Vaccination North-Western Provinces and Oudh 1896-1901 - 1896-1901
Year: 1896
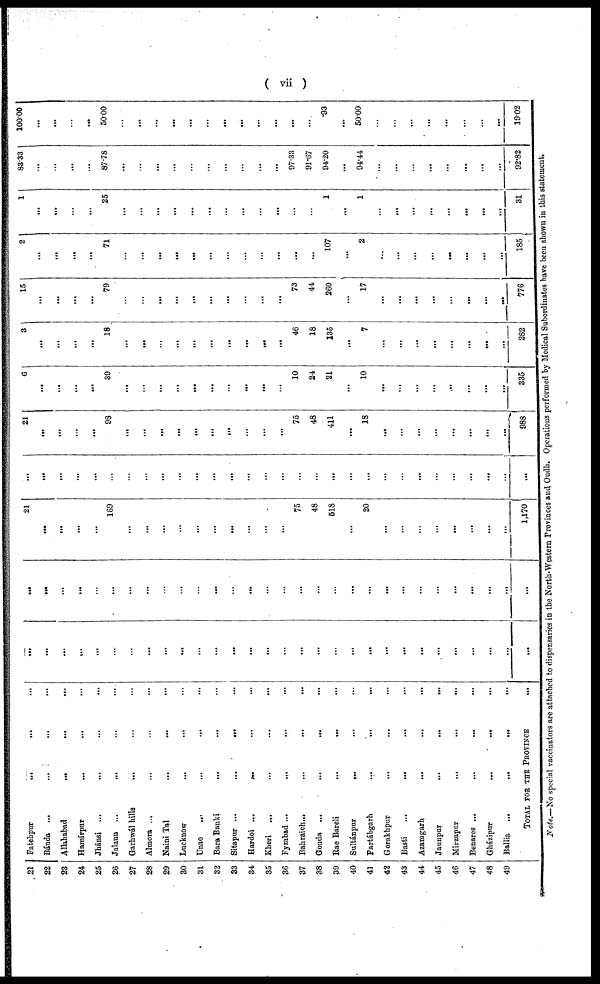
( vii )
21
22
23
24
25
26
27
28
29
30
31
32
33
34
35
36
37
38
39
40
41
42
43
44
45
46
47
48
49
Fatehpur
...
...
...
Bánda ... ... ...
Allahabad
...
...
...
Hamírpur ... ... ...
Jhánsi ...
...
...
...
Jalaun ...
... ...
Garhwál hills ... ... ...
Almora ... ... ...
Naini Tal
Lucknow ... ... ...
Unao
...
...
...
Bara Banki
...
... ...
Sitapur ...
...
...
Hardoi ...
... ...
Kheri
...
...
...
...
Fyzabad ...
...
...
Bahraich ...
...
...
Gonda ...
...
...
Rae Bareli
...
...
...
Sultánpur
... ... ...
Partábgarh
... ... ...
Gorakhpur
...
... ...
Basti
...
... ...
Azamgarh
...
...
...
Jaunpur
...
...
...
Mirzapur
...
...
...
Benares ...
...
...
...
Gházipur
...
...
Ballia ... ... ...
TOTAL FOR THE PROVINCE ...
...
...
...
...
...
...
...
...
...
...
...
...
...
...
...
...
...
...
...
...
...
...
...
...
...
...
...
...
...
...
...
...
...
...
...
...
...
...
...
...
...
...
...
...
...
...
...
...
...
...
...
...
...
...
...
...
...
...
...
...
21
...
...
...
...
169
...
...
...
...
...
...
...
...
...
...
75
48
518
...
20
...
...
...
...
...
...
...
...
1,170
...
...
...
...
...
...
...
...
...
...
...
...
...
...
...
...
...
...
...
...
...
...
...
...
...
...
...
...
...
...
21
...
...
...
...
98
...
...
...
...
...
...
...
...
...
...
75
48
411
...
18
...
...
...
...
...
...
...
...
988
6
...
...
...
...
39
...
...
...
...
...
...
...
...
...
...
10
24
21
...
10
...
...
...
...
...
...
...
...
335
3
...
...
...
...
18
...
...
...
...
...
...
...
...
...
...
46
18
135
...
7
...
...
...
...
...
...
...
...
282
15
...
...
...
...
79
...
...
...
...
...
...
...
...
...
...
73
44
260
...
17
...
...
...
...
...
...
...
...
776
2
...
...
...
...
71
...
...
...
...
...
...
...
...
...
...
...
...
107
...
2
...
...
...
...
...
...
...
...
185
1
...
...
...
...
25
...
...
...
...
...
...
...
...
...
...
...
...
1
...
1
...
...
...
...
...
...
...
...
31
83.33
...
...
...
...
87.78
...
...
...
...
...
...
...
...
...
...
97.33
91.67
94.20
...
94.44
...
...
...
...
...
...
...
...
92.82
100.00
...
...
...
...
50.00
...
...
...
...
...
...
...
...
...
...
...
...
.93
...
50.00
...
...
...
...
...
...
...
...
19.02
Note.—No special vaccinators are attached to dispensaries in the North-Western Provinces and Oudh. Operations performed by Medical Subordinates have been shown in this statement.